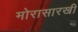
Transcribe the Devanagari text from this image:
मोरासारखी